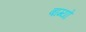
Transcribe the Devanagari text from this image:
बाग्यो